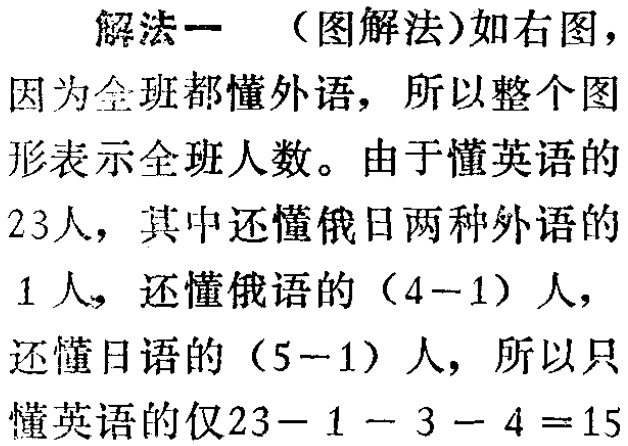
解法一 （图解法）如右图，

因为全班都懂外语，所以整个图

形表示全班人数。由于懂英语的

23人，其中还懂俄日两种外语的

1人，还懂俄语的（4−1）人，

还懂日语的（5−1）人，所以只

懂英语的仅23−1−3−4 =15